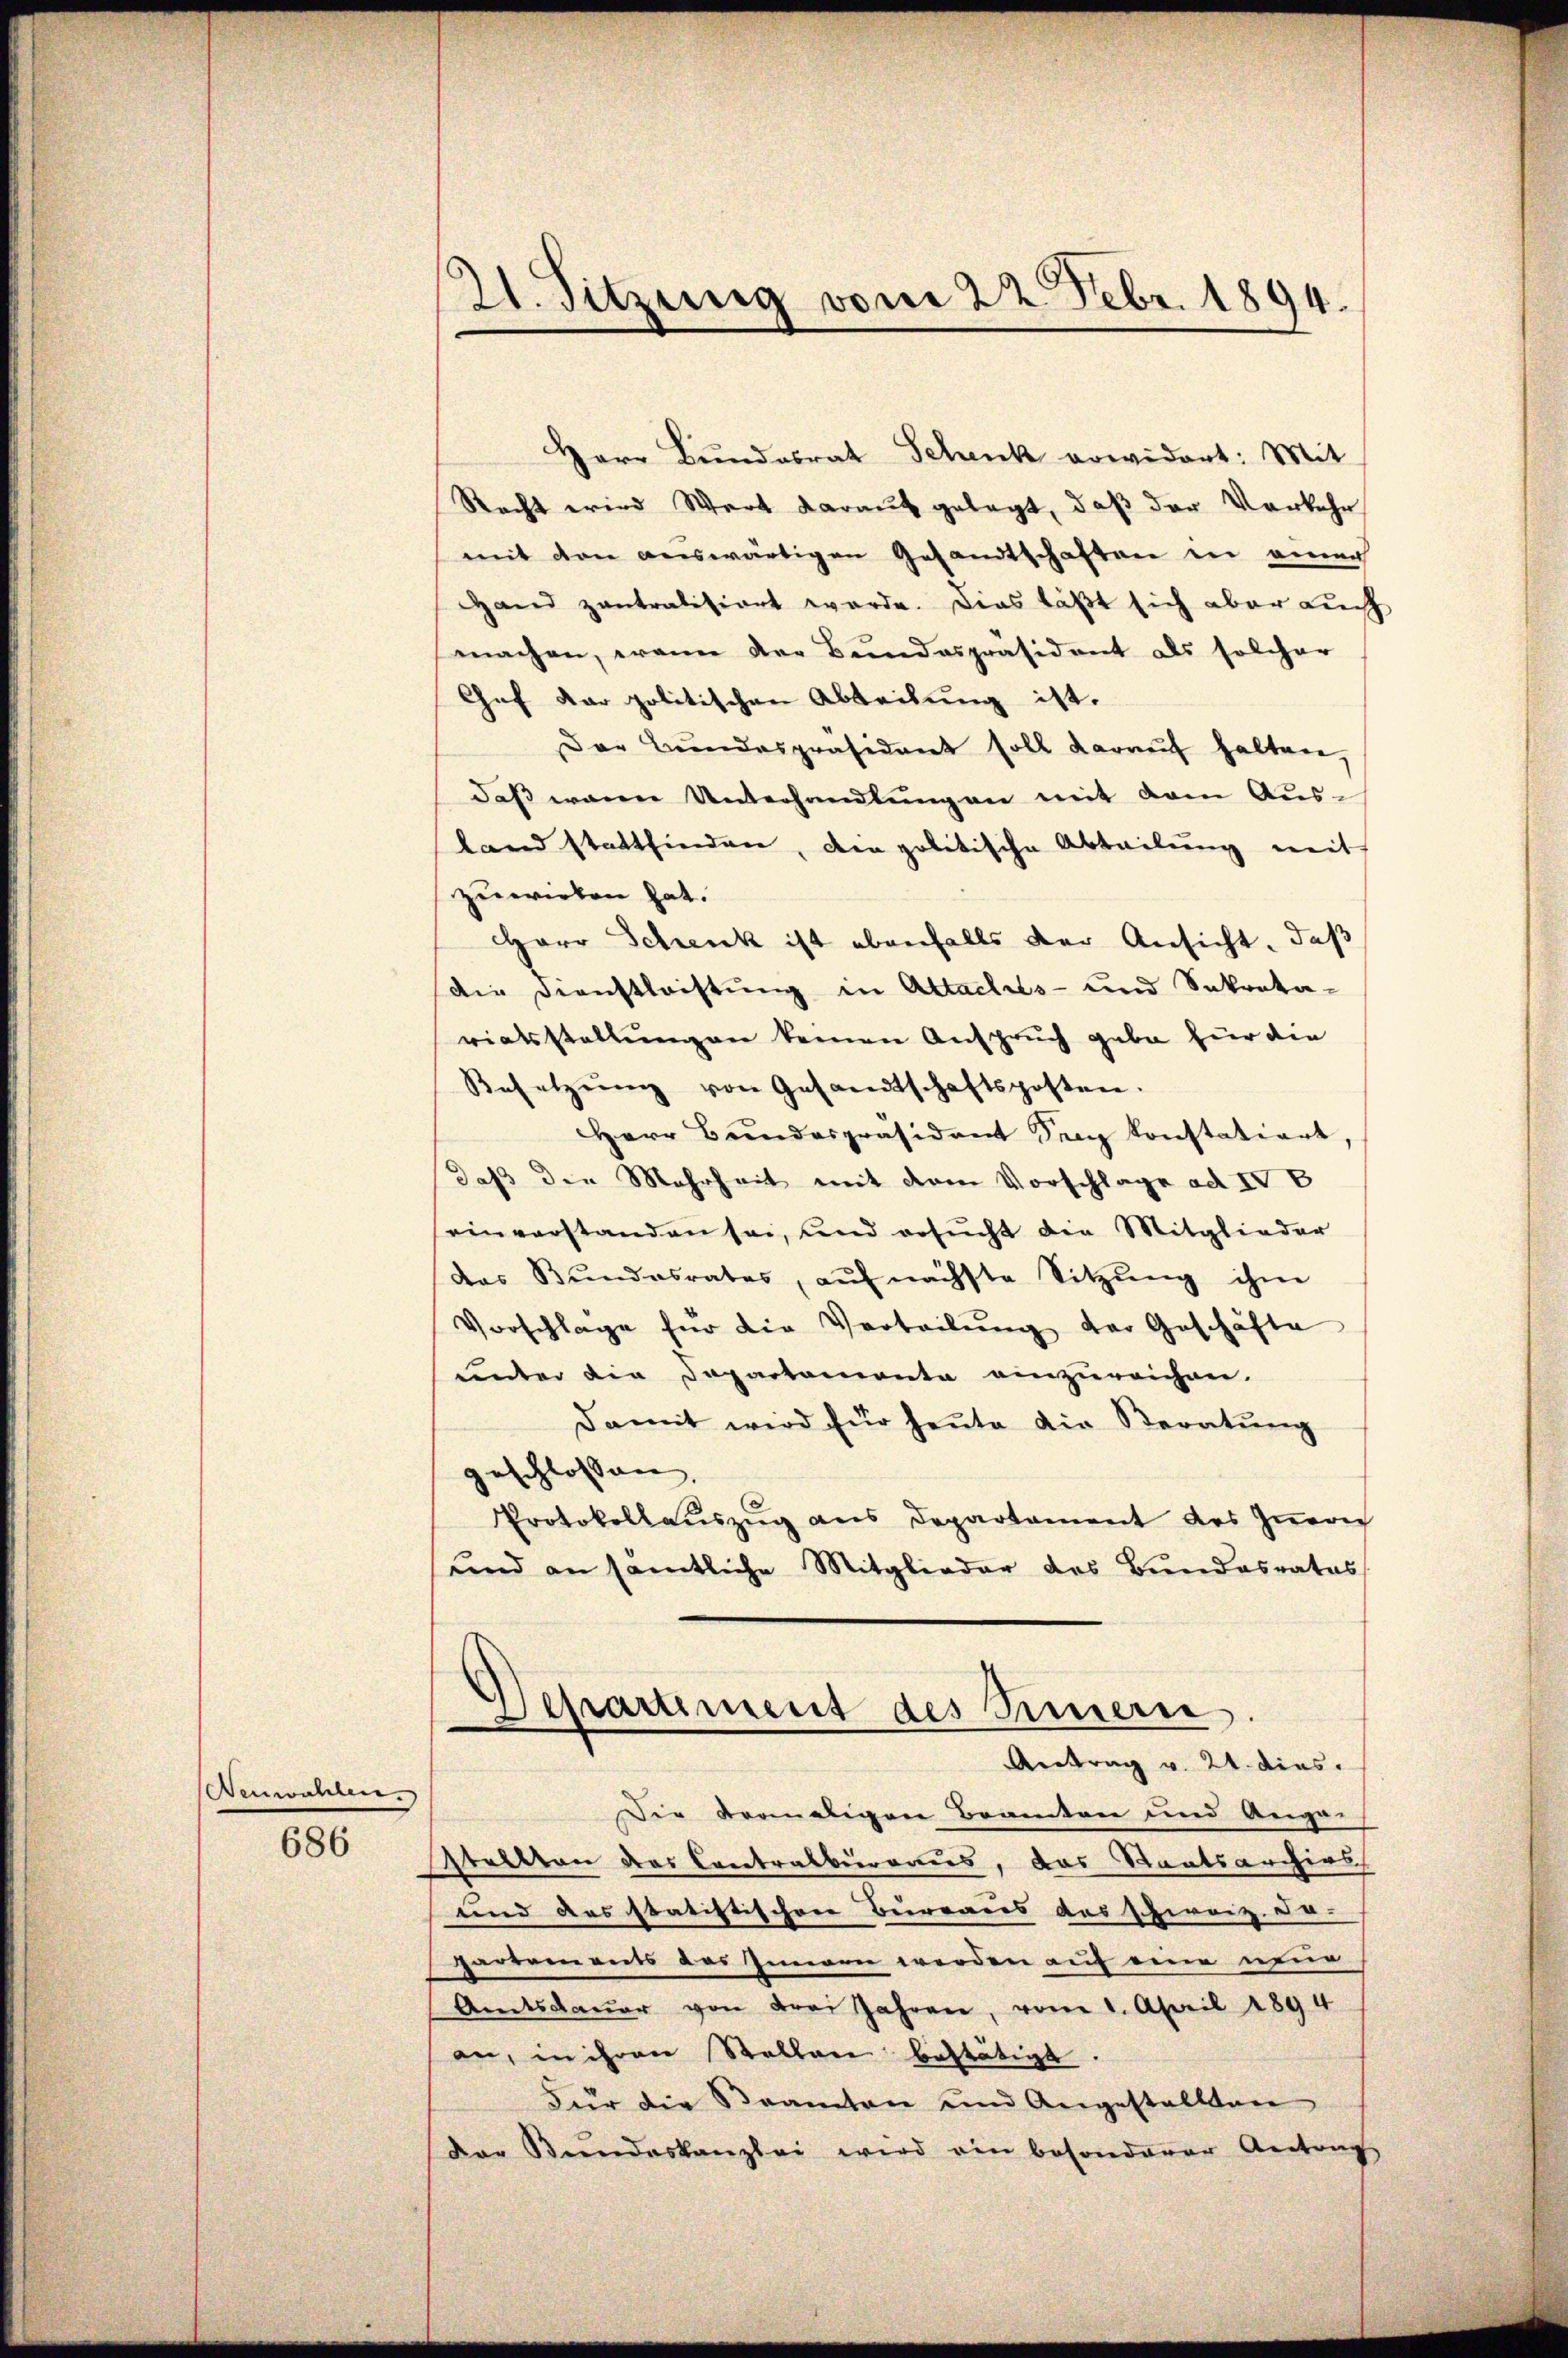
Wenwahren.

686

21. Sitzung vom 22. Febr. 1894.

Herr Bundesrat Schenk vowidert: Mit
Recht wird Werk darauf gelegt, daß der Verkehr
mit den auswärtigen Gesandtschaften in einen
Hand zentralisiert werde. Dies läßt sich aber auch
machen, wenn der Bundespräsident als solcher
Chef der politischen Abteilung ist.
Der Bŭndespräsident soll darauf halten,
daβ waren Unterhandlŭngen mit dem Ausland stattfinden, den politische Abteilŭng mit
zuwieben hat.
Herr Schenk ist ebenfalls der Ansicht, daß
die Dienstleistung in Attachts- und Sokrata-
riatsstellungen keinen Anspruch gebe für die
Besetzŭng von Gesandtschaftsposten.
Herr Bundespräsident Seng konstatiert,
daß den Mehrheit mit dem Vorschlage ad IV 8
einverstanden sei, und ersŭcht die Mitglieder
das Bŭndesrates, aŭf nächste Sitzŭng ihm
Vorschlage für die Verteilŭng der Geschäfte
unter die Departementa einzureichen.
Damit wird für heŭte die Beratŭng
geschlossen,
Protokollaŭszŭg ans Departament des Iṅern
und an sämtliche Mitglieder des Bundesrates
Departement des Innern.
Antrag v. 24. dies.
Die dermaligen Beamten und Ange-
stellten das Contralbierarius, das Staatsarchivs
und das statistischere Bureares das schweiz. Da-
partements des Innern werden auf eine wur
Amtsdaŭer von drei Jahren, vom 1. April 1894
an, in ihren Stellen bestätigt.
Für die Beamten und Angestellten
der Stundeskanzlei wird ein besonderer Antrag